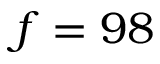
f = 9 8